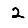
Digit: 2